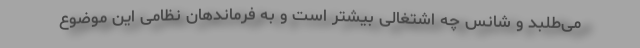
می‌طلبد و شانس چه اشتغالی بیشتر است و به فرماندهان نظامی این موضوع